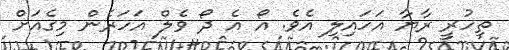
ތިހުރީ ރާޔާ އަހައިލި އެވެ. އޯ އެ ދޯ ވެލް އަހަރެން މިގެއަށް